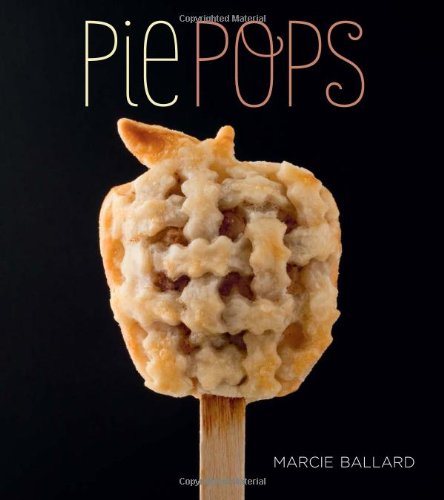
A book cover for Pie Pops; Marcie Ballard; Cookbooks, Food & Wine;